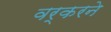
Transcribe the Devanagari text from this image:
वर्करने